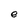
Character: e